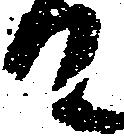
て